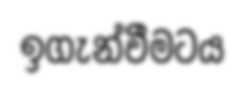
ඉගැන්වීමටය